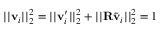
| | \mathbf { v } _ { i } | | _ { 2 } ^ { 2 } = | | \mathbf { v } _ { i } ^ { \prime } | | _ { 2 } ^ { 2 } + | | \mathbf { R } \bar { \mathbf { v } } _ { i } | | _ { 2 } ^ { 2 } = 1